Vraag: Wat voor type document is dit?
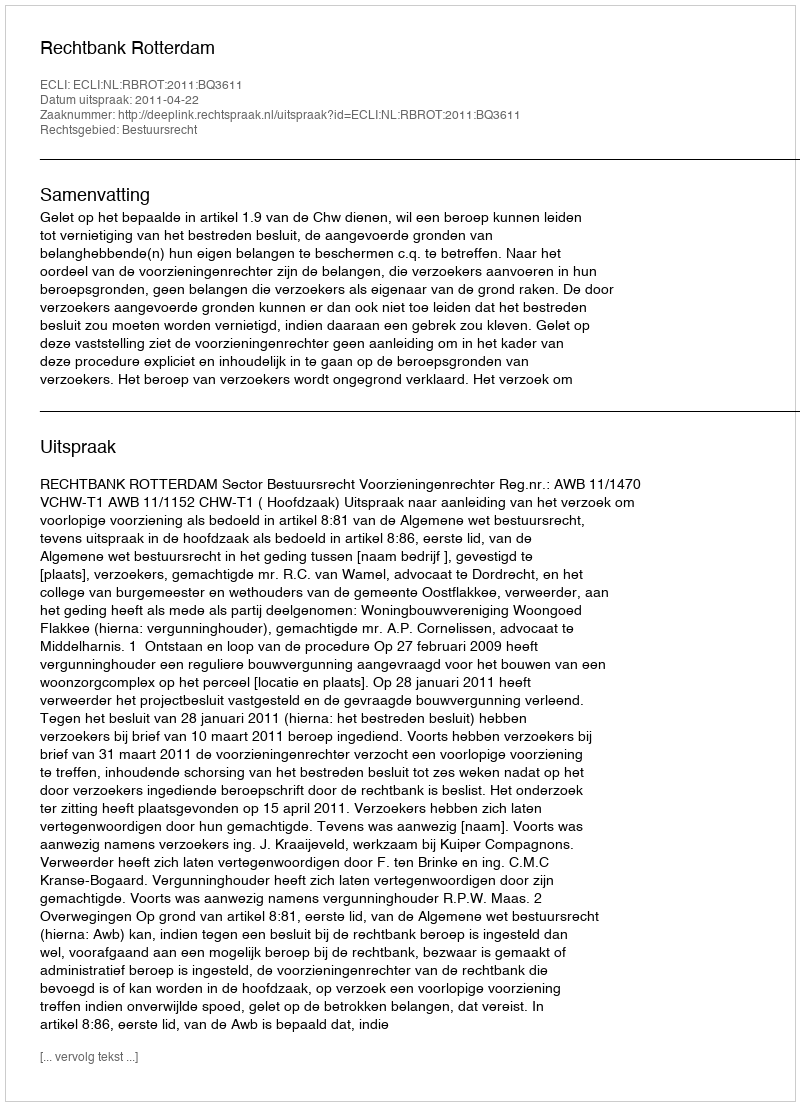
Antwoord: Uitspraak